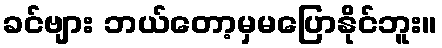
ခင်ဗျား ဘယ်တော့မှမပြောနိုင်ဘူး။